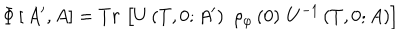
LaTeX: \Phi \left[ \, A ^ { \prime } , A \right] = T r \, \left[ U \left( T , 0 ; A ^ { \prime } \right) \, \, \rho _ { \varphi } \left( 0 \right) \, U ^ { - 1 } \left( T , 0 ; A \right) \right]